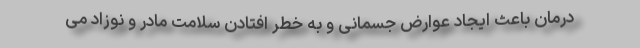
درمان باعث ایجاد عوارض جسمانی و به خطر افتادن سلامت مادر و نوزاد می